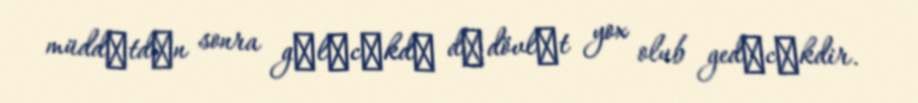
müddәtdәn sonra gәlәcәkdә dә dövlәt yox olub gedәcәkdir.